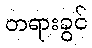
တရားခွင်